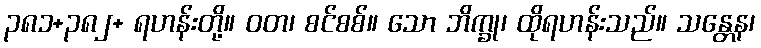
၃၈၁+၃၈၂+ ရဟန်းတို့။ ဝတ၊ စင်စစ်။ သော ဘိက္ခု၊ ထိုရဟန်းသည်။ သန္တေန၊